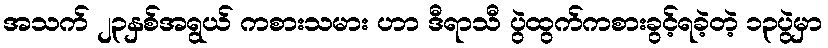
အသက် ၂၃နှစ်အရွယ် ကစားသမား ဟာ ဒီရာသီ ပွဲထွက်ကစားခွင့်ရခဲ့တဲ့ ၁၃ပွဲမှာ